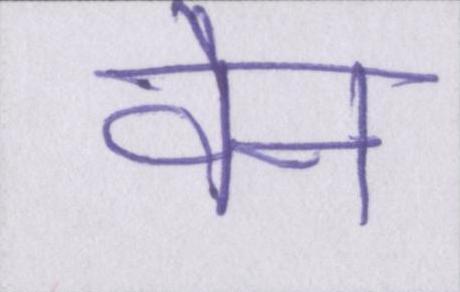
वैन